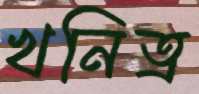
খনিত্র